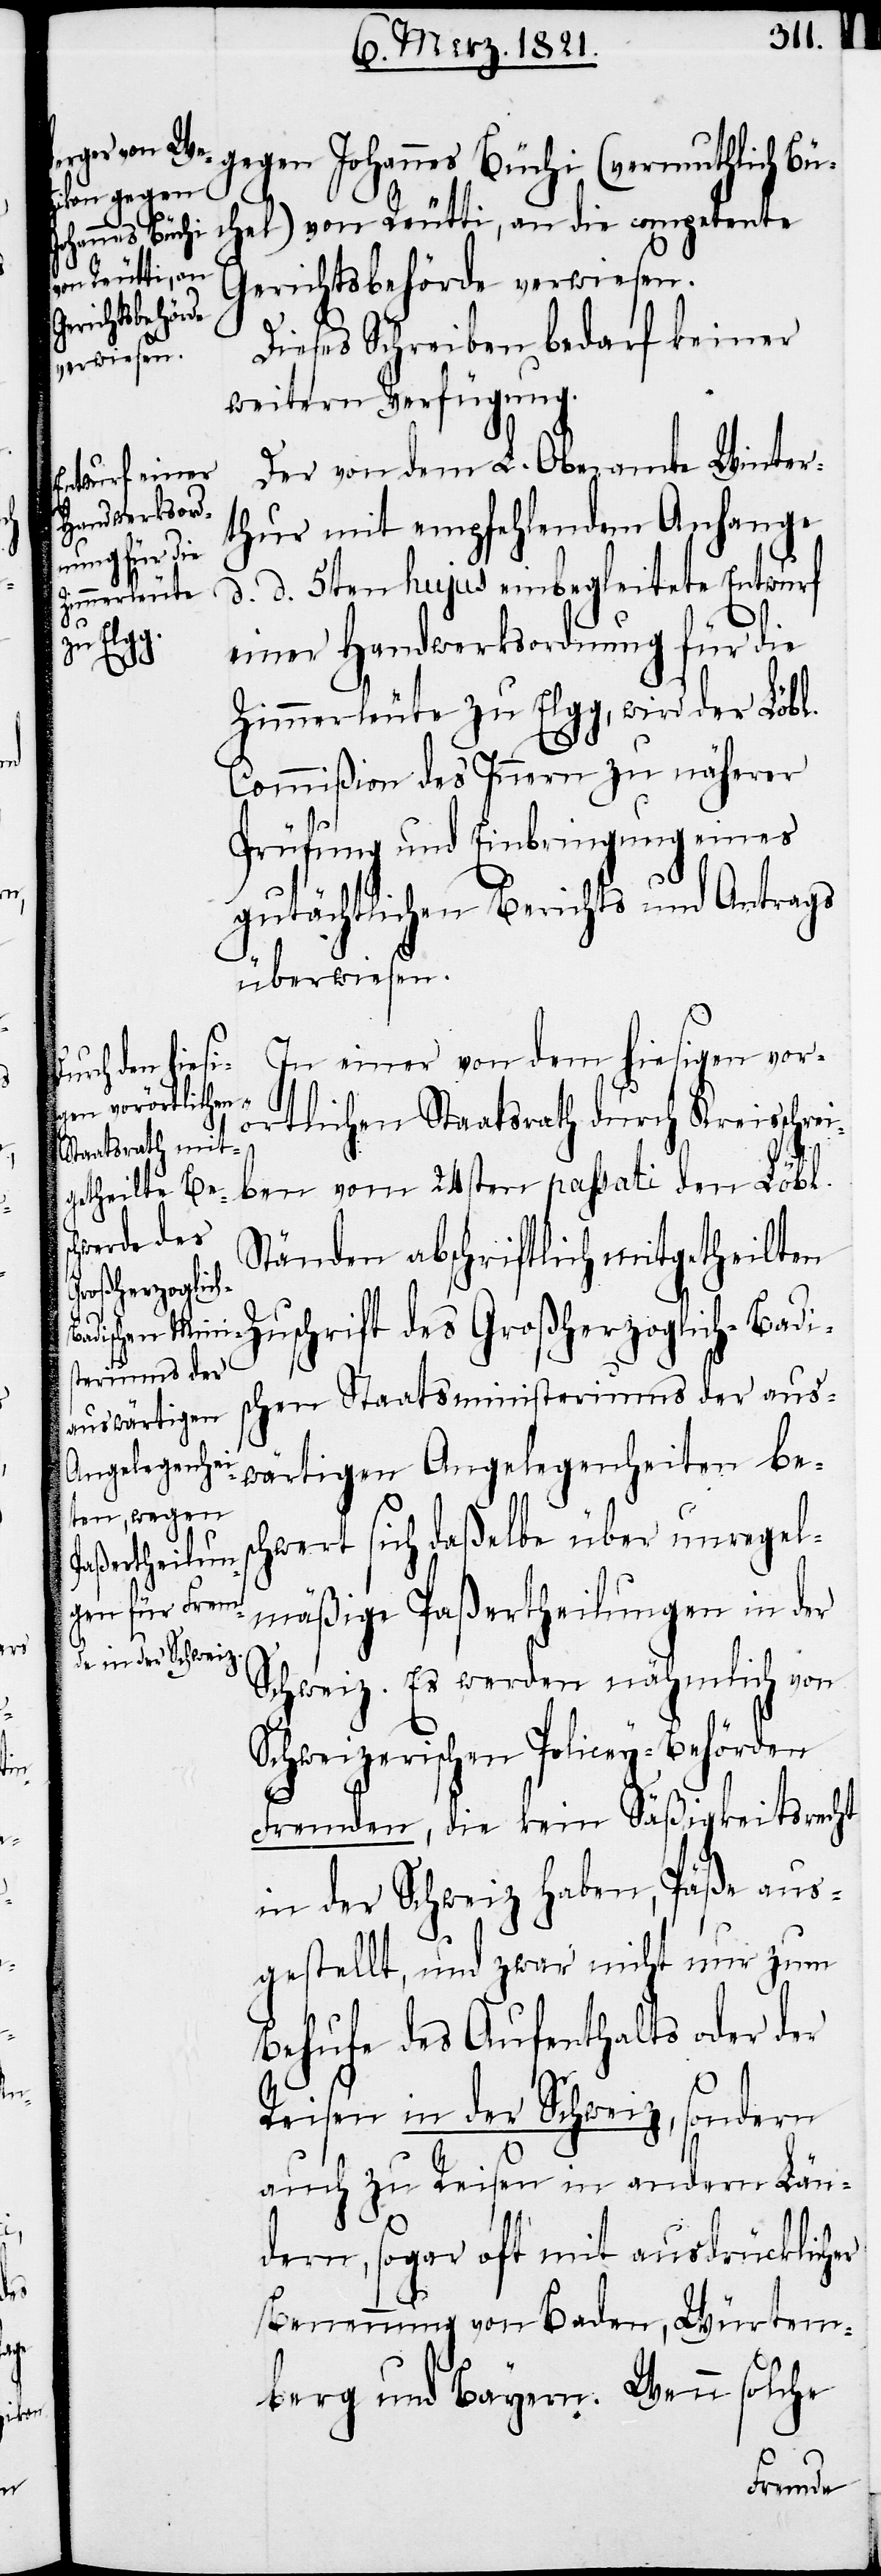
gegen Johannes Büchi (vermuthli¬
ch Büchel) von Reutti, an die competente
Gerichtsbehörde verwiesen.
Dieses Schreiben bedarf keiner
weitern Verfügung.
Der von dem L. Oberamte Winter¬
thur mit empfehlendem Anhange
d. d. 5ten hujus einbegleitete Entwurf
einer Handwerksordnung für die
Zimmerleute zu Elgg, wird der Löbl.
Commißion des Innern zu näherer
Prüfung und Einbringung eines
gutächtlichen Berichts und Antrags
überwiesen.
In einer von dem hiesigen vor¬
örtlichen Staatsrath durch Kreisschrei¬
ben vom 24sten passati den Löbl.
Ständen abschriftlich mitgetheilt¬
en Zuschrift des Großherzoglich-Badis¬
chen Staatsministeriums der aus¬
wärtigen Angelegenheiten bes¬
chwert sich daßelbe über unregel¬
mäßige Paßertheilungen in der
Schweiz. Es werden nähmlich von
Schweizerischen Policey-Behörden
Fremden, die kein Säßigkeitsrecht
in der Schweiz haben, Päße aus¬
gestellt, und zwar nicht nur zum
Behufe des Aufenthalts oder der
Reisen in der Schweiz, sondern
auch zu Reisen in andern Län¬
dern, sogar oft mit ausdrücklicher
Benennung von Baden, Würtem¬
berg und Bayern. Wenn solche